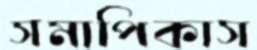
সমাপিকাস